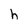
Character: h